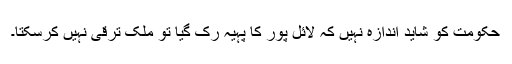
حکومت کو شاید اندازہ نہیں کہ لائل پور کا پہیہ رک گیا تو ملک ترقی نہیں کرسکتا۔